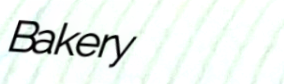
Bakery